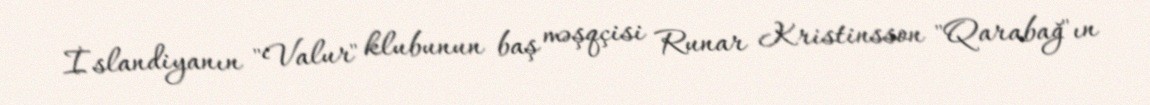
İslandiyanın "Valur" klubunun baş məşqçisi Runar Kristinsson "Qarabağ"ın